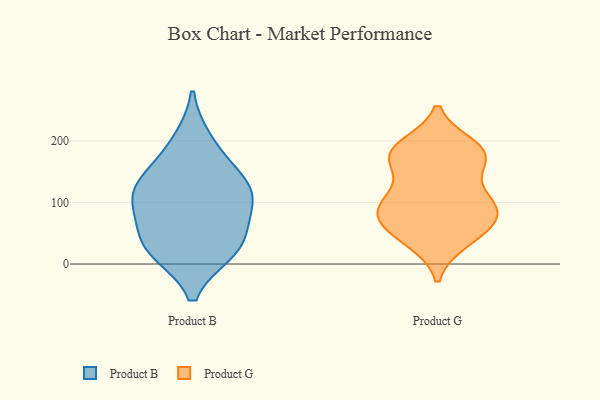
{"axis": {"x": "Backlog", "y": "Value"}, "legend": ["Product B", "Product G"], "data": [{"x": "", "y": 155, "type": "Product B"}, {"x": "", "y": 103, "type": "Product B"}, {"x": "", "y": 99, "type": "Product B"}, {"x": "", "y": 122, "type": "Product B"}, {"x": "", "y": 61, "type": "Product B"}, {"x": "", "y": 200, "type": "Product B"}, {"x": "", "y": 28, "type": "Product B"}, {"x": "", "y": 25, "type": "Product B"}, {"x": "", "y": 125, "type": "Product B"}, {"x": "", "y": 21, "type": "Product B"}, {"x": "", "y": 175, "type": "Product G"}, {"x": "", "y": 190, "type": "Product G"}, {"x": "", "y": 38, "type": "Product G"}, {"x": "", "y": 82, "type": "Product G"}, {"x": "", "y": 85, "type": "Product G"}, {"x": "", "y": 171, "type": "Product G"}, {"x": "", "y": 175, "type": "Product G"}, {"x": "", "y": 73, "type": "Product G"}, {"x": "", "y": 114, "type": "Product G"}, {"x": "", "y": 109, "type": "Product G"}, {"x": "", "y": 99, "type": "Product G"}, {"x": "", "y": 177, "type": "Product G"}, {"x": "", "y": 183, "type": "Product G"}, {"x": "", "y": 42, "type": "Product G"}, {"x": "", "y": 54, "type": "Product G"}, {"x": "", "y": 83, "type": "Product G"}]}